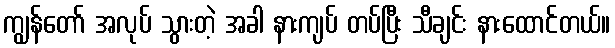
ကျွန်တော် အလုပ် သွားတဲ့ အခါ နားကျပ် တပ်ပြီး သီချင်း နားထောင်တယ်။